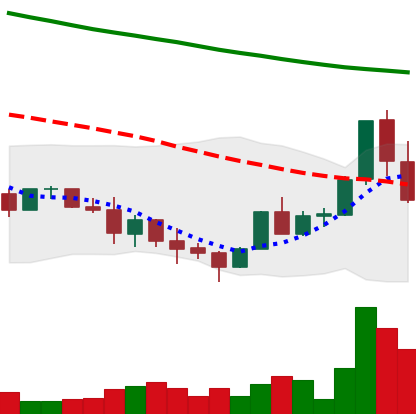
Ticker: ADA-USD
Chart end date: 2022-01-19
Forward return: -20.507%
Label: down_7plus